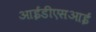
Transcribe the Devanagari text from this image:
आईडीएसआई